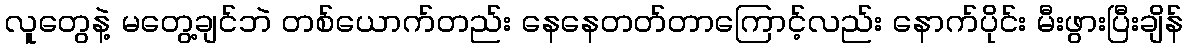
လူတွေနဲ့ မတွေ့ချင်ဘဲ တစ်ယောက်တည်း နေနေတတ်တာကြောင့်လည်း နောက်ပိုင်း မီးဖွားပြီးချိန်